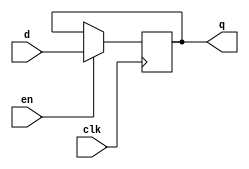
module psregister #(parameter WIDTH =5)
               (input                  clk, en,
                input      [WIDTH-1:0] d,
                output reg [WIDTH-1:0] q);

   always @(posedge clk)begin
	//register for the flag 
	if (en)
	q <= d;
	else
	q <= q;
	

	
end
	endmodule